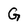
Character: G